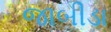
જાબીડા